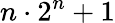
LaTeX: n\cdot 2^{n}+1